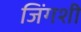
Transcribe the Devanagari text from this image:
जिंगशी